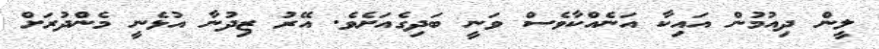
ލީން ދިއުމުން އައިކާ އަނެއްކާވެސް ވަނީ ބަދިގެއަށެވެ. އޭރު ޒިދުނާ އުޅެނީ މެންދުރަށް